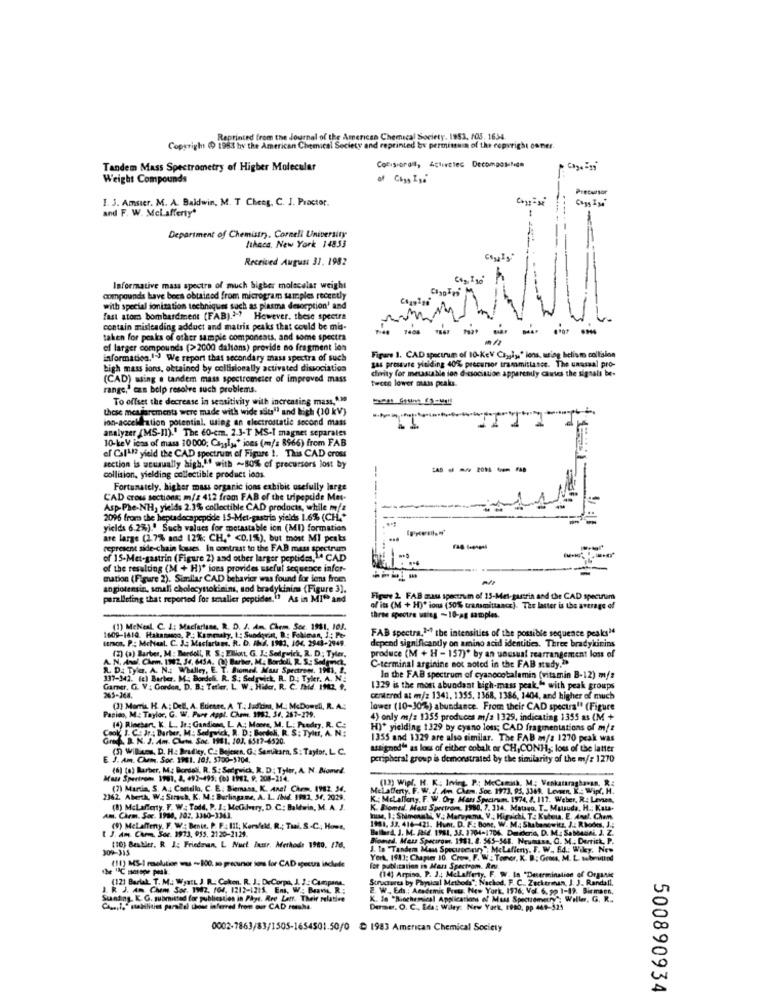
Reprinted from the Journal of the American Chemical Society. 1953. 103. 1654
Copyright (0 1963 hy the American Chemical Society and reprinted bx permistuin of the copyright caner.
Tandem Mass Spectrometry of Higher Molecular
Weight Compounds
Precursor
1. 3. Amster. M. A. Baldwin, M. T Cheeg, C. J. Proctor.
and F. W. Mclafferty"
Department of Chemistry, Cornell University
ltheca. New York 14853
Received August 31. 1982
Informative mass spectro of much higher molecular weight
compounds have been obtained from microgram samples recently
with special ionization techniques such as plasma desorption' and
fast stom bombardment (FAB).""" However. these spectra
contain misleading adduct and matrix peaks that could be mis-
F-48 7408
taken for peaks of other sample components, and some spectra
of larger compounds (>2000 daltons) provide no fragment ion
information,1") We report that secondary mass spectra of such
Figure 1. CAD spectrum of 10-KeV Chygiys' lens, using belism collision
gas pressure yielding 40% precursor trammitlanee. The unassal pro-
high mass ions, obtained by collisionally activated dissociation
divity for metastable ion dissociation apparently cantes the signals be-
(CAD) using . tandem mass spectrometer of improved mass
tweee lower mass peaks.
range,' can belp resolve such problems.
To offset the decrease in sensitivity with increasing mass,".10
these meararements were made with wide sdies" and high (10 kV)
ion-accellration potential, using an electrostatic second mass
analyzer (MS-11)." The 60-cm. 2.3-T MS-I magnet separales
10-keV icas of mass 10000; Canalys' ions (m/s 8966) from FAB
of Call? yield the CAD spectrum of Figure 1. This CAD cross
section is ucusually high," with ~80% of precursors lost by
------
collision, yielding collectible product ions.
Fortunately, higher mass organic ions exhibit usefully large
CAD cross sections; m/s 412 from FAB of the tripeptide Met-
AspPhe-NH, yields 2.3% collectible CAD products, while mfz
2096 from the heptdecapepode IS-Met-gastris yields 1.6% (CH .*
yields 6.2%).' Such values for metastable ion (MI) formation
are large (2.7% and 12%; CH .* < 0.1%), but most MI peaks
represent side-chain loues. In contrast to the FAB mass spectrum
of 15-Met-gastrin (Figure 2) and other larger peptides
peptides,CAD
of the resulting (M + H)* ions provides useful sequence infor-
mation (Figure 2). Similar CAD behavior was found for iens from
----
angiotensin, small cholocytokinin, sod bradykinins (Figure 3).
paralleling that reported for smaller peptiden." As in MI" and
Figure 2 FAB mau spectrum of 15-Met-passrin and the CAD spectrum
of its (M + H)" ions (50% transmittance). The latter is the average of
three spectre using -10-ag samples.
FAB spectra.""" the intensities of the possible sequence peaks"
temos. P .: McNeal. C. J .; Masfartars. R. D. INA. 1983, 104, 2943-2949.
1609-1410. Hakanango, P .; Kammaky, I: Sundquist, D : Fobiman, 1 ; Pe-
(1) MeNesl, C. 1; Macfarlane, R. D. J. A. Chem. nie
(2) (a) Barber, M: Berdell, R. S: Elliott, G. I .: Sedgwick, R. D: Tyler,
depend significantly on amino acid identities. Three bradykinins
A. N. Anal. Chem. 1142, 34, 6434. (2) Barber, M. Bordoli, R. S .: Sedgwick,
produce (M + H - 157)* by an unusual searrangement loss of
R. D. Tyla. A. N .: Whalley, E. T. Biomed. Mas Spectrew. 191. 1.
C-terminal arginine not noted in the FAB study.">
337-342. (c) Barber. M: Bondeli. R. S .: Sedgwick, R. D .: Tyler. A. N .:
In the FAB spectrum of cyanocobalamin (vitamin B-12) m/s
Garner. G. V. : Gorden, D. B .: Teller, L W ., Hider. R. C. Said. 1982. 9.
265-264.
1329 is the most abundant high-mass peak," with peak groups
centered at m/z 1341. 1355. 1368, 1386, 1404, and higher of much
Panino, M .: Taylor, G. W. Pure Appl. Chem. 1982, 34, 267-279.
(1) Momis, H. A .: Dell, A. Etirate. A. T .; Jadiim, M. McDowell, R. A .:
lower (10-30%) abundance. From their CAD spectra" (Figure
4) only m/z 1355 produces m/a 1329, indicating 1355 as (M +
Cook, J. CE Jr. Barber, M: Sedgwick, R. D: Bordoli, R. S: Tyltt, A. N:
(4) Rinehart. K. L ., Jr: Gandions, L. A .; Moore, M, L .: Predry, R. C:
H)* yielding 1329 by cyano lon; CAD fragmentations of m/z
Grad. B. N. J. Am. Chem. Soc. 1981. 103. 6517-4520.
1355 and 1329 are also similar. The FAB m/s 1270 peak was
(5) Williams, D. H .: Bradley, C .: Bojesen. G .: Santikara, S: Taylor. L. C.
assignout as loss of either cobak or CH,CONHs; loss of the latter
E. J. Am. Chem. Soc. 1981. 103. 5300-5204.
peripheral group is demonstrated by the similarity of the m/: 1270
(6) (o) Barber, M .; Bordell. R. S: Sedgwick, R. D: Tyler, A. N. Biomed.
Maar Spartrons 1901, 2, 492-495: (6) 1992. 9. 208-214.
(13) Wipl. H. K. Irving. P .: MeCamish, M .; Venkataraghavan, R:
(7) Maria, S. A .: Comello, C. E. Biemasa, K. Anal Chem. 1982. 54.
Melafferty. F. W. J. Am. Chem. Soc. 1973. 95. 3369. Leveen. K. : Wipf. H.
2362. Aberth, W .: Sırash. K. M .: Burlingame, A. L. /Md. 1981, 54, 2029.
K .: Metallony, F. W. Org. Mars Specimen, 1974, 8. 117. Weber, R .: Levsen,
(8) McLafferty, F. W. Todd, P. I. McGilvery, D. C .: Baldwin, M. A. J
K. Bomedl. Mass Saretrom, 1980. 7. 314. Matano. T. Matsuda. H .: Kat-
Am. Chrm. Soc. 1984, 202, 3360-3343.
huse, I; Shimonali, V .; Maruyama, V .; Kigaichi, T. Kubera. E. Anul. Chan
(9) MeLaffeny, F. W .: Benie. P. F .: 111; Korsfeld, R .; Taal, S.C ., Howe.
Ballard. J. M. Paid. 1981, 33. 1704-1706. Datideria, D. M: SaMAGAL. J. Z.
1981, 33. 416-421. Hunt. D. F .: Bone, W. M .; Skabanowitz, J .: Rhodes, J .:
[ J. Am. Chem. Soc. 1973, 935. 2120-2129.
Biomed, Mass Spectrow. 1981. 8. 565-548. Neumann, C. M .; Derrick, P.
309-315
(10) Beabler. R J: Friedman, L Nuel Inasr. Methods 1980. 178.
J. Io "Tandem Mos Specusein", MeLaffeny, F. W .. £4 .; Wicy, New
York. 1943: Chapter 10. Crow, F. W. Toner, K. B. Gross, M. L. webbmithod
(11) MS-I relation was -800, so precursor sors for CAD spectra inclede
for publication is Mars Spectrom. Revu.
(12) Barlak. T. M .: Wya:L J. R. Cokon. R. J. DeCorpa, J. J. Campane.
Structures by Physical Methods": Nachod. F. C ., Zuckerman, J. J ., Randall.
(14) Arpiso, P. 14 Mclafferty, F. W. In. "Determination of Organic
J. R. J. Am Cham Sar. 192. 164. 1212-12:5. Ens, W .: Bravic. R .:
2. W ., Eds .: Academic Press. New York, 1976, Vol. 6. 99 1-19. Birmaen.
Sunding. K. G. submitted for publication in Phyt. Ree Lotr. Their relative
K. 10 "Biochemical Applications of Mass Spectrometry; Wille. G. R ..
Chus,l& mabilities parallel those inferred from our CAD rashs.
Derme. O. C ., Edas Wiley: New York, 1900, pp 469-321
0002-7863/83/1505-1654501.50/0 & 1983 American Chemical Society
500890934